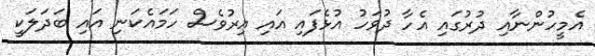
އެމީހުންނާއި ދުރުގައި އެހާ ދުވަހު އުޅެފައި އައި އިރުވެސް ހަމައެކަނި އައި ބަދަލަކީ